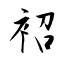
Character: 袑